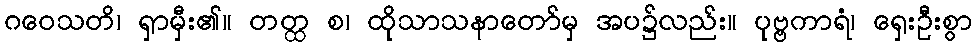
ဂဝေသတိ၊ ရှာမှီး၏။ တတ္ထ စ၊ ထိုသာသနာတော်မှ အပ၌လည်း။ ပုဗ္ဗကာရံ၊ ရှေးဦးစွာ